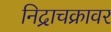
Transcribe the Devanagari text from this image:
निद्राचक्रावर